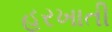
હરખાતી